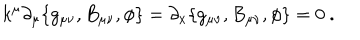
LaTeX: k ^ { \mu } \partial _ { \mu } \{ g _ { \mu \nu } , B _ { \mu \nu } , \phi \} = \partial _ { x } \{ g _ { \mu \nu } , B _ { \mu \nu } , \phi \} = 0 \ .